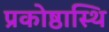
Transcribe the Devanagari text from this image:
प्रकोष्ठास्थि